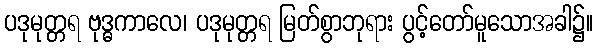
ပဒုမုတ္တရ ဗုဒ္ဓကာလေ၊ ပဒုမုတ္တရ မြတ်စွာဘုရား ပွင့်တော်မူသောအခါ၌။